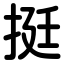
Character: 挺